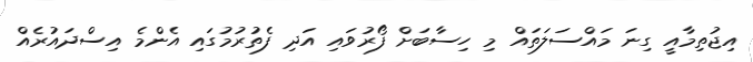
އިޖުތިމާއީ ގިނަ މައްސަލަތައް މި ހިސާބަށް ފޯރުވައި އަދި ފެތުރުމުގައި އެންމެ އިސްދައުރެއް